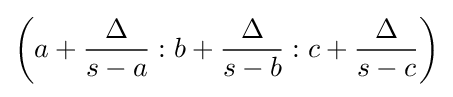
\left(a+{\frac {\Delta }{s-a}}:b+{\frac {\Delta }{s-b}}:c+{\frac {\Delta }{s-c}}\right)